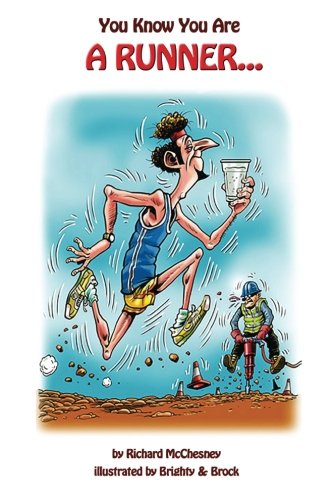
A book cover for You know you are a runner (Volume 1); Richard McChesney; Sports & Outdoors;